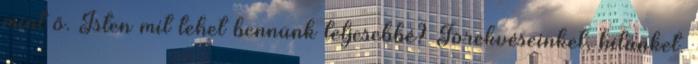
mint ő. Isten mit tehet bennünk teljesebbé? Törekvéseinket, hitünket.